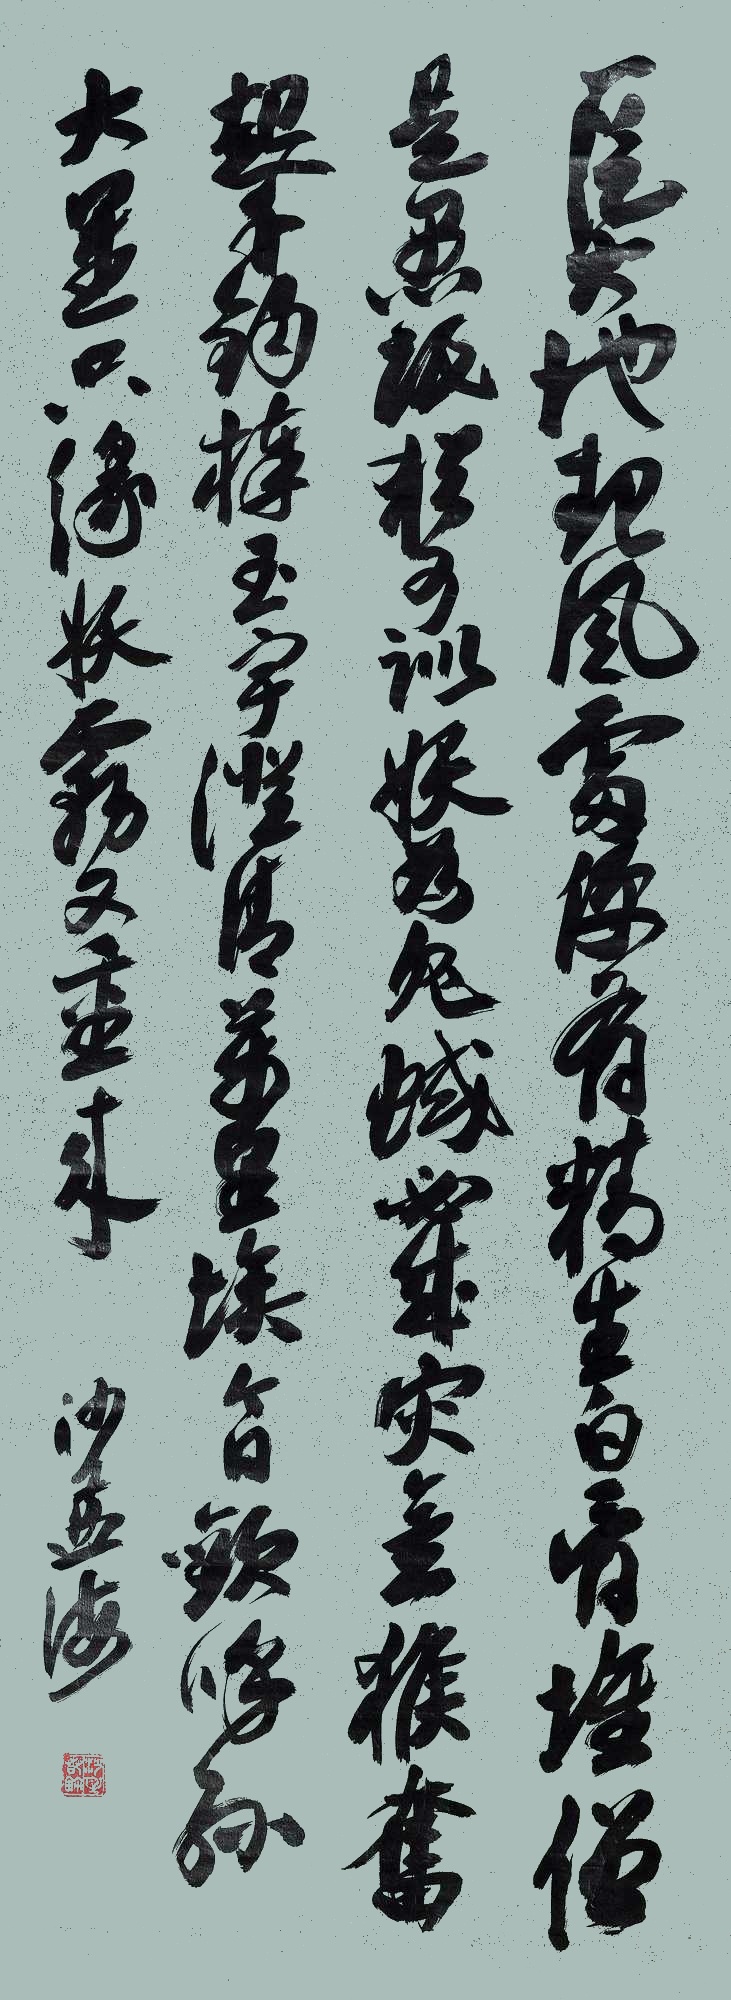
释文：一从大地起风雷，便有精生白骨堆。僧是愚氓犹可训，妖为鬼蜮必成灾。金猴奋起千钧棒，玉宇澄清万里埃。今日欢呼孙大圣，只缘妖雾又重来。沙孟海。